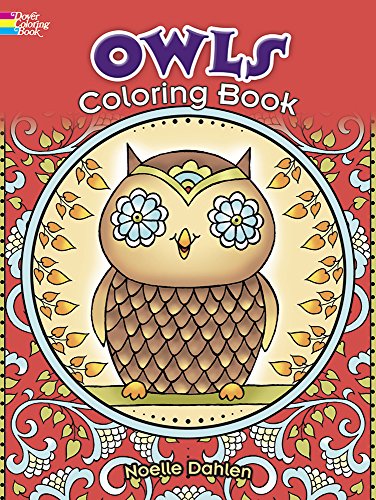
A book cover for Owls Coloring Book (Dover Coloring Books); Noelle Dahlen; Children's Books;